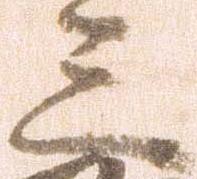
三